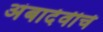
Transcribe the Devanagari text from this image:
अंबादेवीचे